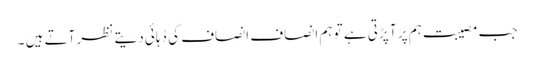
جب مصیبت ہم پر آ پڑتی ہے تو ہم انصاف انصاف کی دُہائی دیتے نظر آتے ہیں ۔